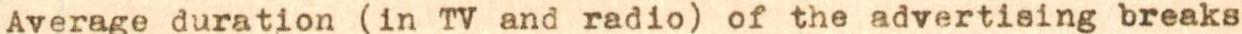
Average duration (in TV and radio) of the advertising breaks